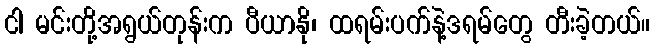
ငါ မင်းတို့အရွယ်တုန်းက ပီယာနို၊ ထရမ်းပက်နဲ့ဒရမ်တွေ တီးခဲ့တယ်။